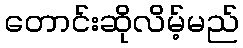
တောင်းဆိုလိမ့်မည်